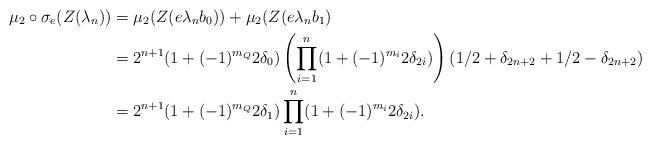
LaTeX: \begin{align*}\mu_2\circ \sigma_e (Z(\lambda_n)) &= \mu_2 (Z(e \lambda_n b_0)) + \mu_2(Z(e \lambda_n b_1) \\&= 2^{n+1} (1 + (-1)^{m_Q} 2 \delta_0) \left( \prod_{i=1}^n (1 + (-1)^{m_i} 2 \delta_{2i})\right) \left( 1/2 + \delta_{2n+2} + 1/2 - \delta_{2n+2} \right) \\&= 2^{n+1} (1 + (-1)^{m_Q} 2 \delta_1) \prod_{i=1}^n (1 + (-1)^{m_i} 2 \delta_{2i}).\end{align*}